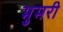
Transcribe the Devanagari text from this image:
भुमरी